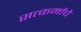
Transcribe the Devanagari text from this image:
सत्कर्माचे